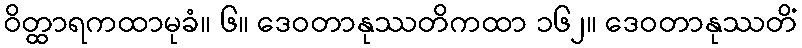
ဝိတ္ထာရကထာမုခံ။ ၆။ ဒေဝတာနုဿတိကထာ ၁၆၂။ ဒေဝတာနုဿတိံ